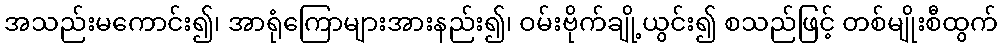
အသည်းမကောင်း၍၊ အာရုံကြောများအားနည်း၍၊ ဝမ်းဗိုက်ချို့ယွင်း၍ စသည်ဖြင့် တစ်မျိုးစီထွက်